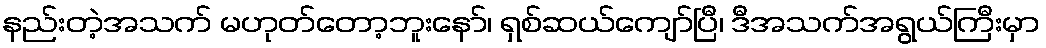
နည်းတဲ့အသက် မဟုတ်တော့ဘူးနော်၊ ရှစ်ဆယ်ကျော်ပြီ၊ ဒီအသက်အရွယ်ကြီးမှာ